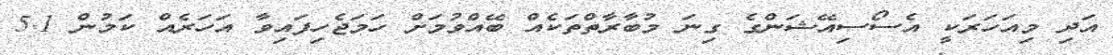
އަދި މިއަހަރަކީ އެސޯސިއޭޝަންގެ ގިނަ މުބާރާތްތަކެއް ބޭއްވުމަށް ހަމަޖެހިފައިވާ އަހަރެއް ކަމުން 5.1